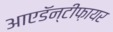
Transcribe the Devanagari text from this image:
आएडॅन्टीफ़ायर